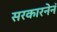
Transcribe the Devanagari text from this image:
सरकारनेनं